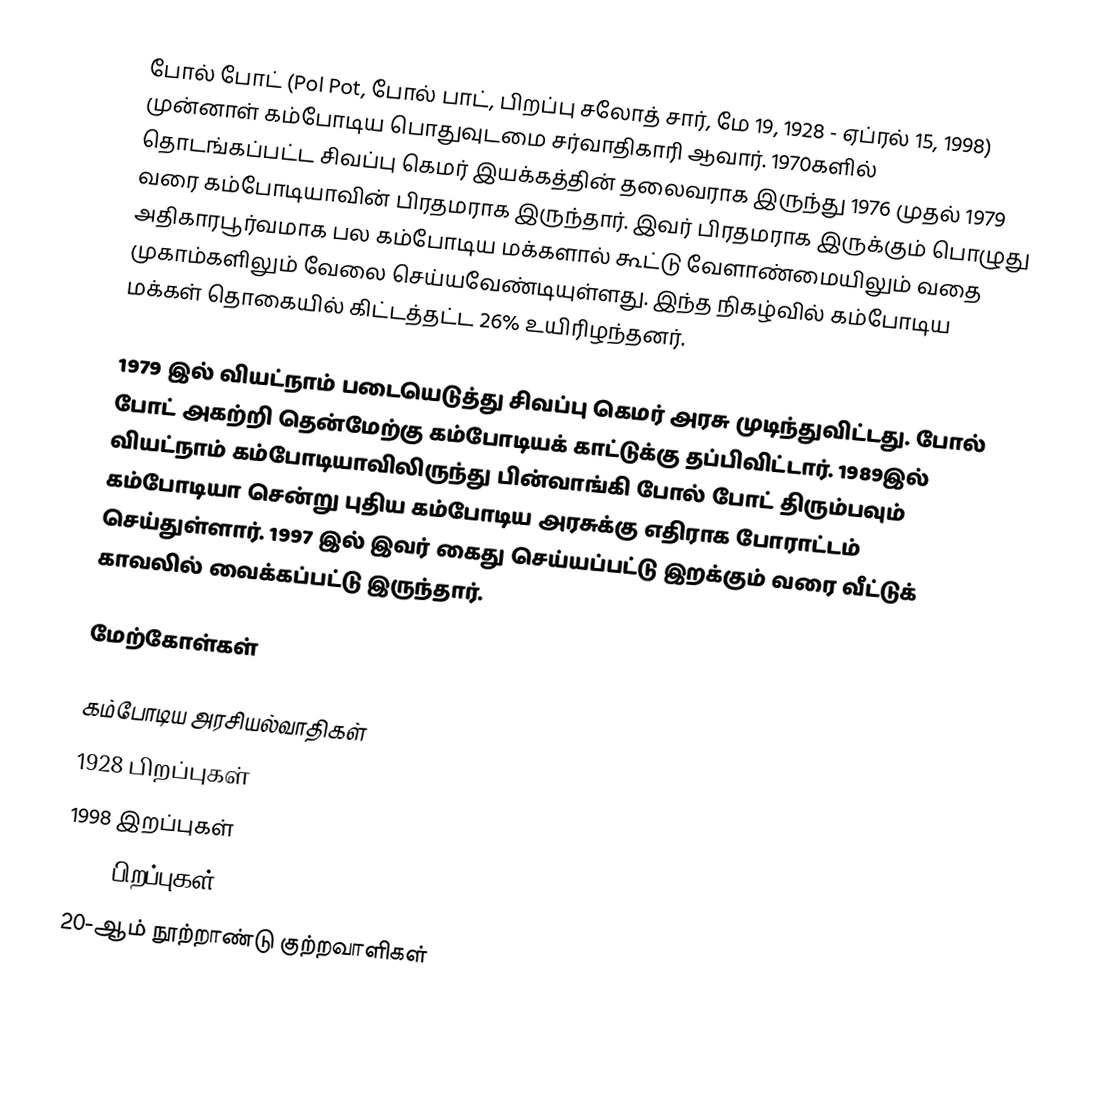
போல் போட் (Pol Pot, போல் பாட், பிறப்பு சலோத் சார், மே 19, 1928 - ஏப்ரல் 15, 1998) முன்னாள் கம்போடிய பொதுவுடமை சர்வாதிகாரி ஆவார். 1970களில் தொடங்கப்பட்ட சிவப்பு கெமர் இயக்கத்தின் தலைவராக இருந்து 1976 முதல் 1979 வரை கம்போடியாவின் பிரதமராக இருந்தார். இவர் பிரதமராக இருக்கும் பொழுது அதிகாரபூர்வமாக பல கம்போடிய மக்களால் கூட்டு வேளாண்மையிலும் வதை முகாம்களிலும் வேலை செய்யவேண்டியுள்ளது. இந்த நிகழ்வில் கம்போடிய மக்கள் தொகையில் கிட்டத்தட்ட 26% உயிரிழந்தனர்.

1979 இல் வியட்நாம் படையெடுத்து சிவப்பு கெமர் அரசு முடிந்துவிட்டது. போல் போட் அகற்றி தென்மேற்கு கம்போடியக் காட்டுக்கு தப்பிவிட்டார். 1989இல் வியட்நாம் கம்போடியாவிலிருந்து பின்வாங்கி போல் போட் திரும்பவும் கம்போடியா சென்று புதிய கம்போடிய அரசுக்கு எதிராக போராட்டம் செய்துள்ளார். 1997 இல் இவர் கைது செய்யப்பட்டு இறக்கும் வரை வீட்டுக் காவலில் வைக்கப்பட்டு இருந்தார்.

மேற்கோள்கள்

கம்போடிய அரசியல்வாதிகள்
1928 பிறப்புகள்
1998 இறப்புகள்
1925 பிறப்புகள்
20-ஆம் நூற்றாண்டு குற்றவாளிகள்